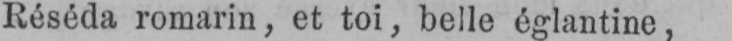
Réséda romarin, et toi, belle églantine,